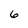
Character: 6